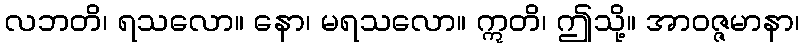
လဘတိ၊ ရသလော။ နော၊ မရသလော။ ဣတိ၊ ဤသို့။ အာဝဇ္ဇမာနာ၊